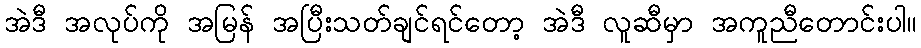
အဲဒီ အလုပ်ကို အမြန် အပြီးသတ်ချင်ရင်တော့ အဲဒီ လူဆီမှာ အကူညီတောင်းပါ။